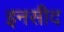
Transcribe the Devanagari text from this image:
इनसीद